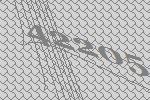
42205